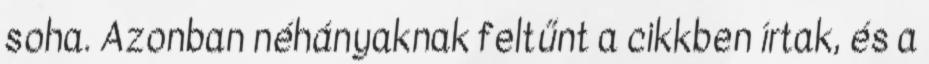
soha. Azonban néhányaknak feltűnt a cikkben írtak, és a